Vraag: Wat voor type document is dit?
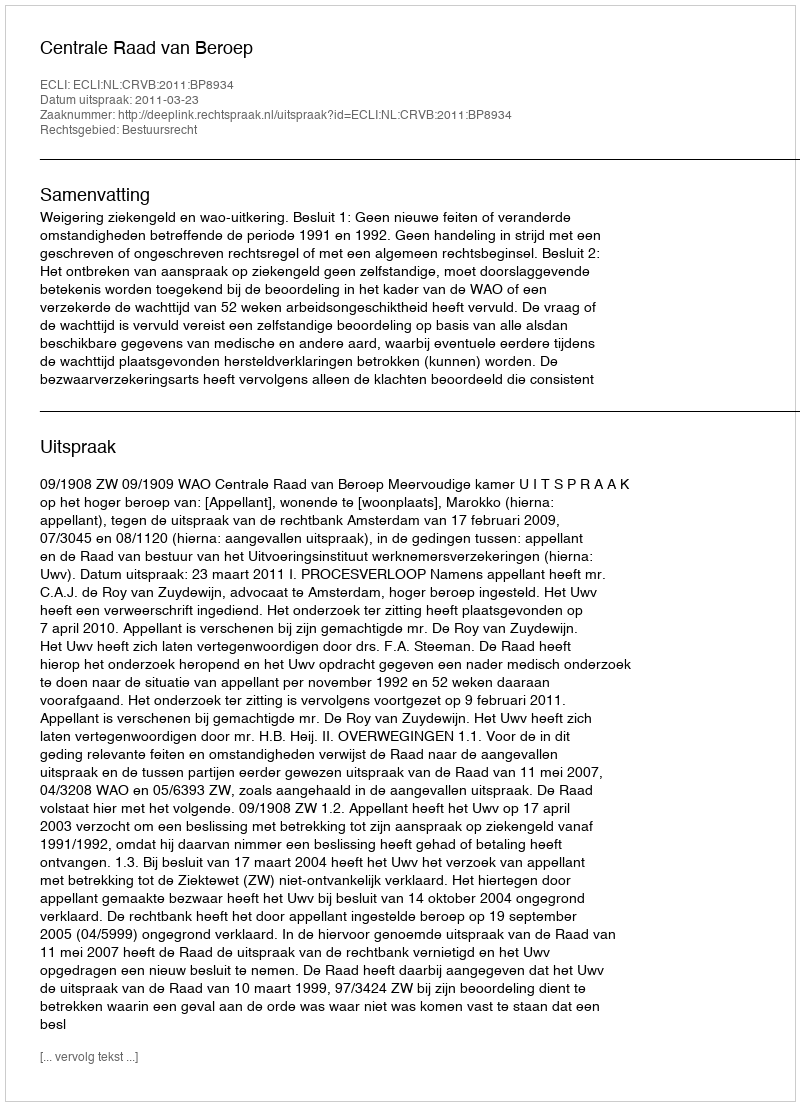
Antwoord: Uitspraak